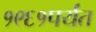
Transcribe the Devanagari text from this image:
१९६१पर्यंत